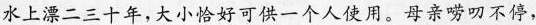
水上漂二三十年,大小恰好可供一个人使用。母亲唠叨不停，